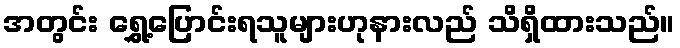
အတွင်း ရွှေ့ပြောင်းရသူများဟုနားလည် သိရှိထားသည်။